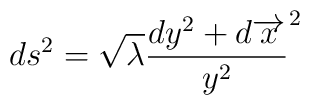
ds^{2}=\sqrt{\lambda }\frac{dy^{2}+d\overrightarrow{x}}{y^{2}}^{2}